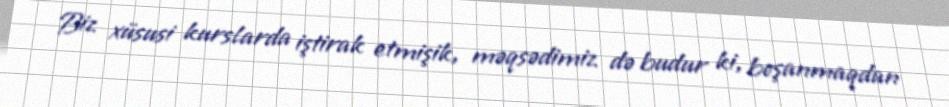
Biz xüsusi kurslarda iştirak etmişik, məqsədimiz də budur ki, boşanmaqdan